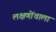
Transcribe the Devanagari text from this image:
लक्षणोंवाला